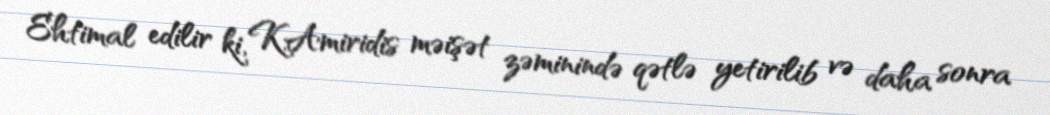
Ehtimal edilir ki, K.Amiridis məişət zəminində qətlə yetirilib və daha sonra